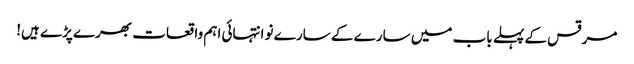
مرقس کے پہلے باب میں سارے کے سارے نو انتہائی اہم واقعات بھرے پڑے ہیں!